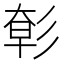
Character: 㣏